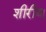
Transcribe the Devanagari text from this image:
शीरीय